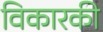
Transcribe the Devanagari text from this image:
विकारकी